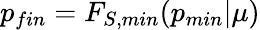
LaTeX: p_{fin}=F_{S,min}(p_{min}|\mu)